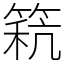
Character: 𥮕